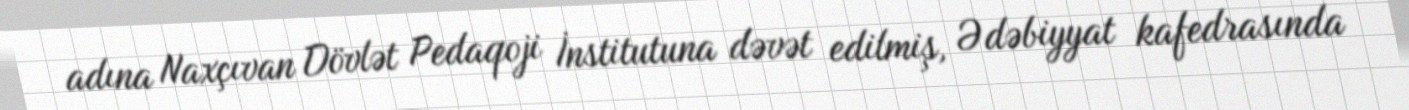
adına Naxçıvan Dövlət Pedaqoji İnstitutuna dəvət edilmiş, Ədəbiyyat kafedrasında